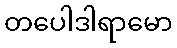
တပေါဒါရာမော